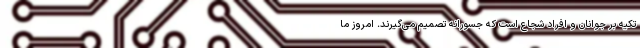
تکیه بر جوانان و افراد شجاع است که جسورانه تصمیم می‌گیرند. امروز ما